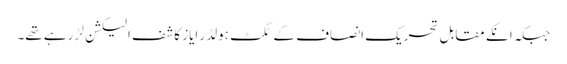
جبکہ انکے مقابل تحریک انصاف کے ٹکٹ ہولڈر ایاز کاشف الیکشن لڑ رہے تھے۔